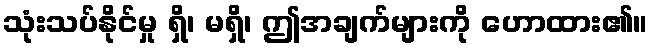
သုံးသပ်နိုင်မှု ရှိ၊ မရှိ၊ ဤအချက်များကို ဟောထား၏။